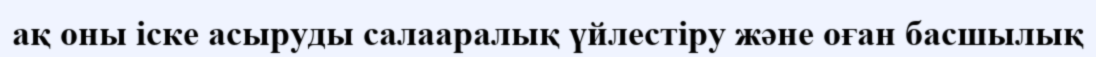
ақ оны іске асыруды салааралық үйлестіру және оған басшылық